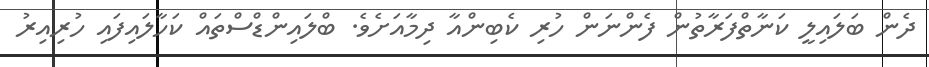
ދެން ބަލައިލީ ކަނާތްފަރާތުން ފެންނަން ހުރި ކެބިންއާ ދިމާއަށެވެ. ބްލައިންޑްސްތައް ކަހާލައިފައި ހުރިއިރު